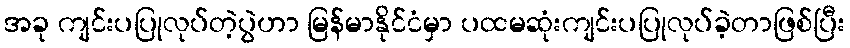
အခု ကျင်းပပြုလုပ်တဲ့ပွဲဟာ မြန်မာနိုင်ငံမှာ ပထမဆုံးကျင်းပပြုလုပ်ခဲ့တာဖြစ်ပြီး